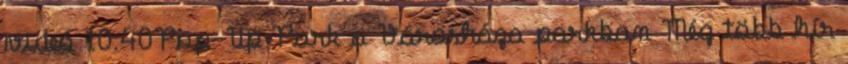
videó 10:40Pop-Up Park a Városháza parkban Még több hír